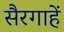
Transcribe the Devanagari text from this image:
सैरगाहें